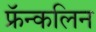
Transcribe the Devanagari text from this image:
फ्रॅन्कलिन